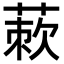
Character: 𬝜